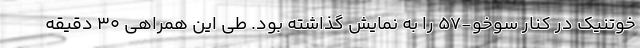
خوتنیک در کنار سوخو-57 را به نمایش گذاشته بود. طی این همراهی 30 دقیقه